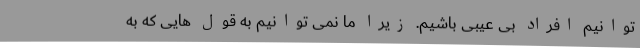
توانیم افراد بی عیبی باشیم. زیرا ما نمی توانیم به قول هایی که به